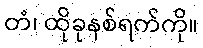
တံ၊ ထိုခုနစ်ရက်ကို။